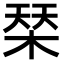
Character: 𣓁